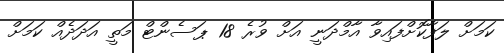
ކަމަށް ލަފާކޮށްފައިވާ އާމްދަނީ އަށް ވުރެ 18 ޕަސެންޓް މަތީ އަދަދެއް ކަމަށް